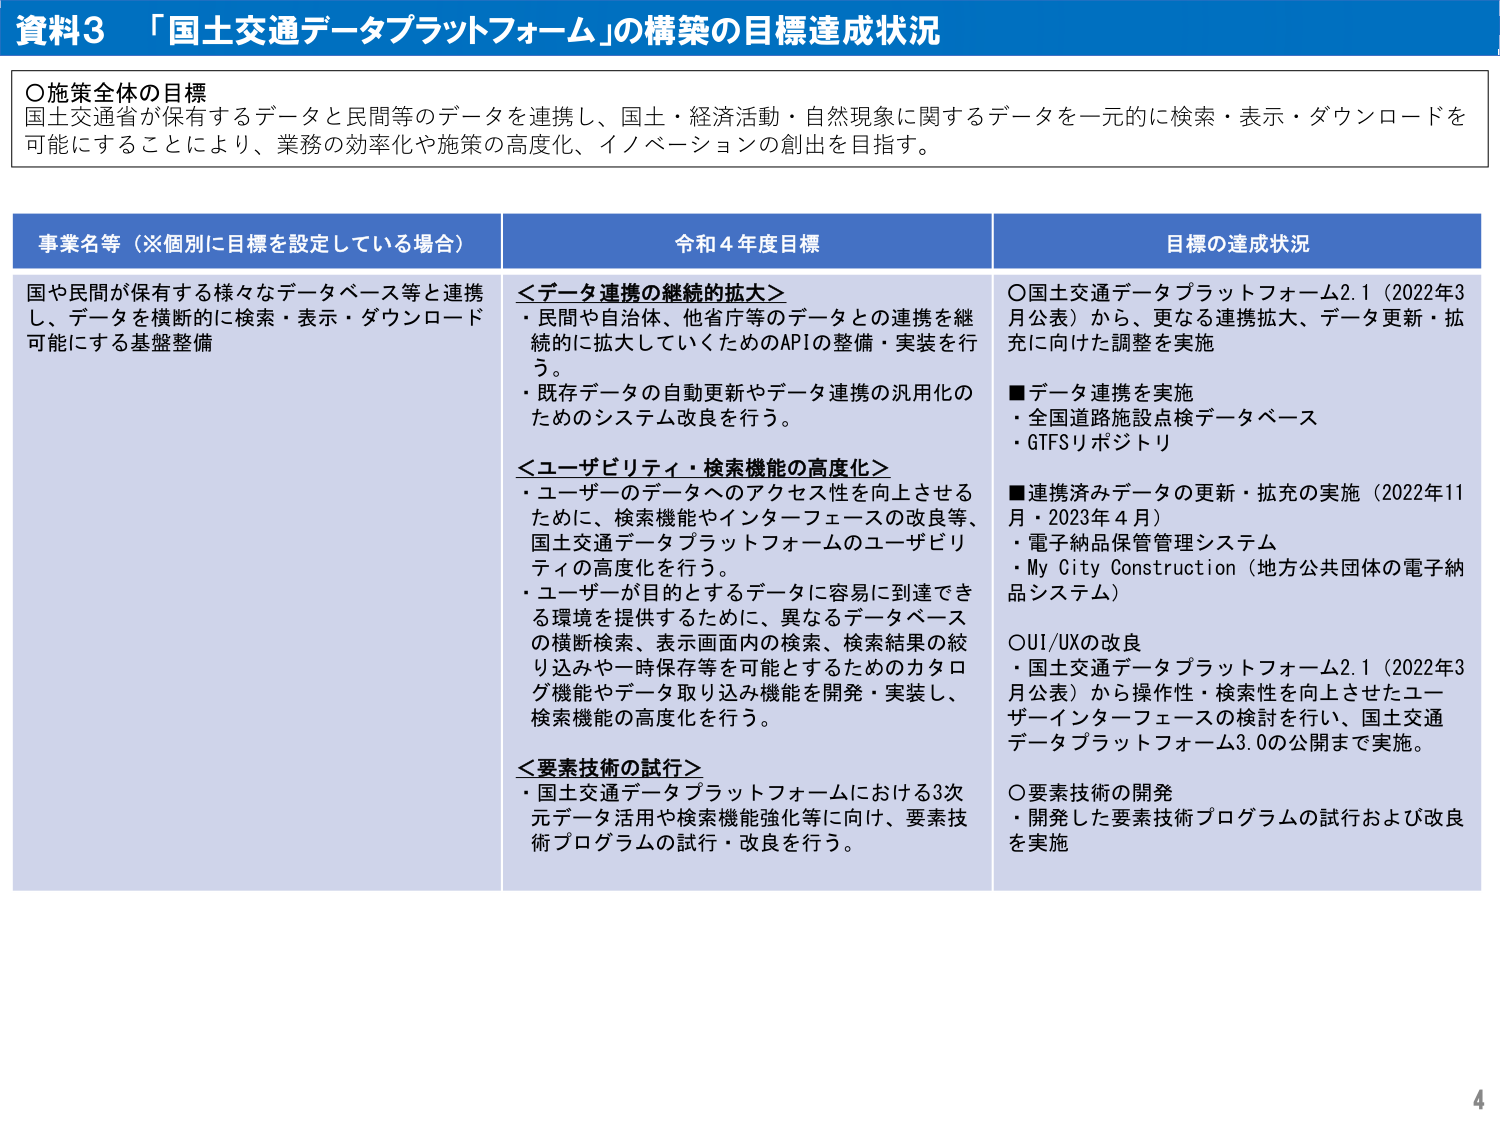
資料3 「国土交通データプラットフォーム」の構築の目標達成状況

○施策全体の目標
国土交通省が保有するデータと民間等のデータを連携し、国土・経済活動・自然現象に関するデータを一元的に検索・表示・ダウンロードを可能にすることにより、業務の効率化や施策の高度化、イノベーションの創出を目指す。

事業名等（※個別に目標を設定している場合）
国や民間が保有する様々なデータベース等と連携し、データを横断的に検索・表示・ダウンロード可能にする基盤整備

令和4年度目標
＜データ連携の継続的拡大＞
・民間や自治体、他省庁等のデータとの連携を継続的に拡大していくためのAPIの整備・実装を行う。
・既存データの自動更新やデータ連携の汎用化のためのシステム改良を行う。

＜ユーザビリティ・検索機能の高度化＞
・ユーザーのデータへのアクセス性を向上させるために、検索機能やインターフェースの改良等、国土交通データプラットフォームのユーザビリティの高度化を行う。
・ユーザーが目的とするデータに容易に到達できる環境を提供するために、異なるデータベースの横断検索、表示画面内の検索、検索結果の絞り込みや一時保存等を可能とするためのカタログ機能やデータ取り込み機能を開発・実装し、検索機能の高度化を行う。

＜要素技術の試行＞
・国土交通データプラットフォームにおける3次元データ活用や検索機能強化等に向け、要素技術プログラムの試行・改良を行う。

目標の達成状況
○国土交通データプラットフォーム2.1（2022年3月公表）から、更なる連携拡大、データ更新・拡充に向けた調整を実施

■データ連携を実施
・全国道路施設点検データベース
・GTFSリポジトリ

■連携済みデータの更新・拡充の実施（2022年11月・2023年4月）
・電子納品保管管理システム
・My City Construction（地方公共団体の電子納品システム）

○UI/UXの改良
・国土交通データプラットフォーム2.1（2022年3月公表）から操作性・検索性を向上させたユーザーインターフェースの検討を行い、国土交通データプラットフォーム3.0の公開まで実施。

○要素技術の開発
・開発した要素技術プログラムの試行および改良を実施

4